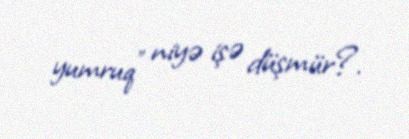
yumruq” niyə işə düşmür?.